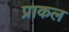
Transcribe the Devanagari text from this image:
प्राकल